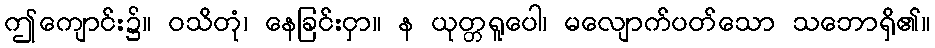
ဤကျောင်း၌။ ဝသိတုံ၊ နေခြင်းငှာ။ န ယုတ္တရူပေါ၊ မလျောက်ပတ်သော သဘောရှိ၏။